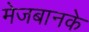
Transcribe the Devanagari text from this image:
मेजबानके